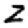
Digit: 2